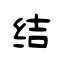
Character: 结